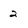
Character: 2